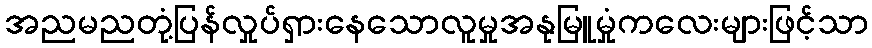
အညမညတုံ့ပြန်လှုပ်ရှားနေသောလူမှုအနုမြူမှုံကလေးများဖြင့်သာ